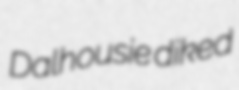
Dalhousie diked